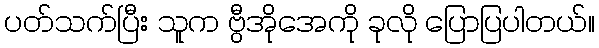
ပတ်သက်ပြီး သူက ဗွီအိုအေကို ခုလို ပြောပြပါတယ်။